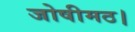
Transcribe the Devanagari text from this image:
जोषीमठ।